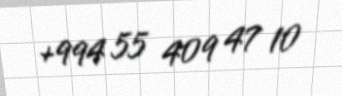
+994 55 409 47 10